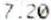
7.20